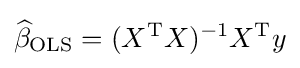
{\widehat {\beta }}_{\text{OLS}}=(X^{\operatorname {T} }X)^{-1}X^{\operatorname {T} }y